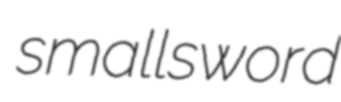
smallsword